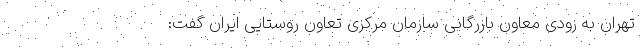
تهران به زودی معاون بازرگانی سازمان مرکزی تعاون روستایی ایران گفت: